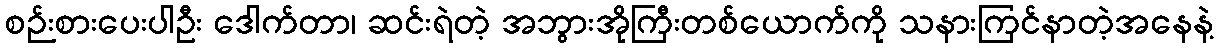
စဉ်းစားပေးပါဦး ဒေါက်တာ၊ ဆင်းရဲတဲ့ အဘွားအိုကြီးတစ်ယောက်ကို သနားကြင်နာတဲ့အနေနဲ့